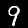
Digit: 9